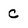
Character: c